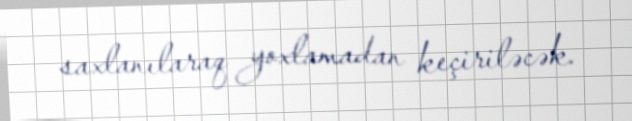
saxlanılaraq yoxlamadan keçiriləcək.